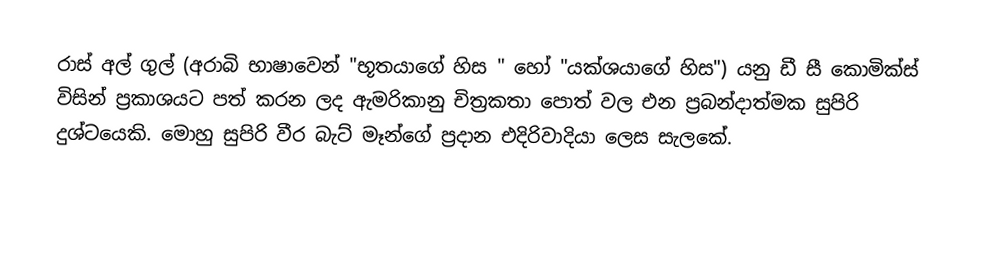
රාස් අල් ගුල් (අරාබි භාෂාවෙන් "භූතයාගේ හිස " හෝ "යක්ශයාගේ හිස") යනු ඩී සී කොමික්ස් විසින් ප්‍රකාශයට පත් කරන ලද ඇමරිකානු චිත්‍රකතා පොත් වල එන ප්‍රබන්දාත්මක සුපිරි දුශ්ටයෙකි. මොහු සුපිරි වීර බැට් මෑන්ගේ ප්‍රදාන එදිරිවාදියා ලෙස සැලකේ.